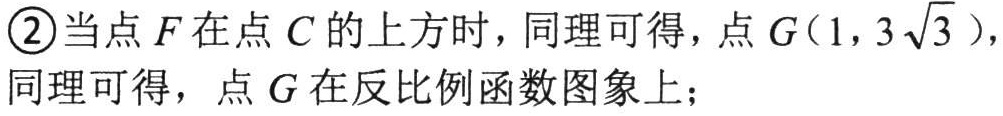
\textcircled{2}当点 \(F\) 在点 \(C\) 的上方时，同理可得，点 \(G(1,3\sqrt{3})\)，
同理可得，点 \(G\) 在反比例函数图象上；